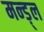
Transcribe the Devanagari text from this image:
मन्ड़्ल